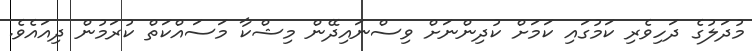
މުދަލުގެ ދަހިވެރި ކަމުގައި ކަމަށް ކުދިންނަށް ވިސްނައިދޭން މިޝްކާ މަސައްކަތް ކުރަމުން ދިއައެވެ.